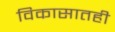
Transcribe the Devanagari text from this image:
विकासातही